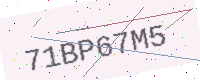
Text: 71BP67M5